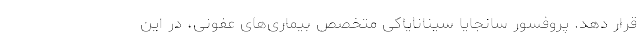
قرار دهد. پروفسور سانجایا سینانایاکی متخصص بیماری‌های عفونی، در این